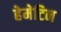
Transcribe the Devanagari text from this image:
हेमेटिन